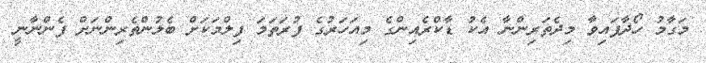
މަގާމު ހޯދާފައިވާ މިދެތަރިންނާ އެކު ޑާކްރެއިންގެ މިއަހަރުގެ ފުރަތަމަ ފިލްމަކަށް ބެލުންތެރިންނަށް ފެންނާނީ